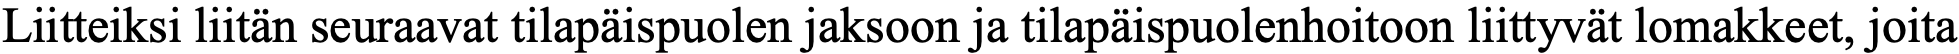
Liitteiksi liitän seuraavat tilapäispuolen jaksoon ja tilapäispuolenhoitoon liittyvät lomakkeet, joita